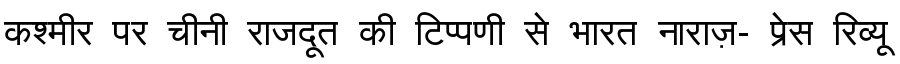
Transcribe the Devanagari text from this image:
कश्मीर पर चीनी राजदूत की टिप्पणी से भारत नाराज़- प्रेस रिव्यू